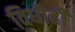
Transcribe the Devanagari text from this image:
विधीही